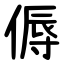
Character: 傉